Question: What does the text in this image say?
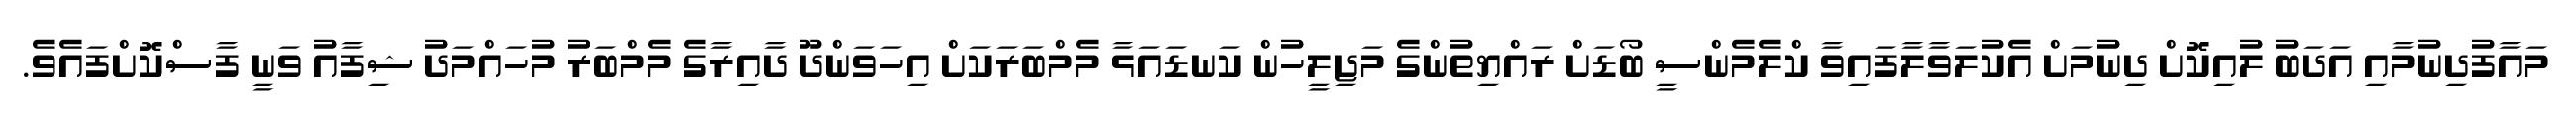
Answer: މައާފުދިނުމާއި އަދަބު ލުއިކޮށް ދިނުމަށް އެކުލަވާލާފައިވާ ކްލެމެންސީ ބޯޑަށް ރައްޔިތުންގެ މަޖިލީހުން ކަނޑައަޅާ މެމްބަރަކަށް އިހަވަންދޫ ދާއިރާގެ މެމްބަރު މުހައްމަދު ޝިފާއު ވަނީ ފާސްކޮށްފައެވެ.